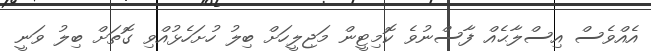
އެއްވެސް އިސްލާޙެއް ފާސްނުވެ ކޮމިޓީން މަޖިލީހަށް ބިލު ހުށަހެޅުއްވި ގޮތަށް ބިލު ވަނީ